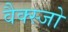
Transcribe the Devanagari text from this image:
वैक्स्जो